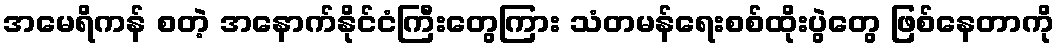
အမေရိကန် စတဲ့ အနောက်နိုင်ငံကြီးတွေကြား သံတမန်ရေးစစ်ထိုးပွဲတွေ ဖြစ်နေတာကို